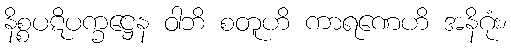
နိစ္စပဋိပက္ခဋ္ဌေန ဝါဘိ စတူဟိ ကာရဏေဟိ အနိဂုံး၊